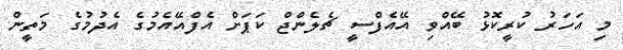
މި އަހަރު ކުރީކޮޅު ބޭއްވި އޭއެފްސީ ޗެލެންޖް ކަޕަށް އެފްއޭއެމުގެ އެދުމުގެ މަތީން